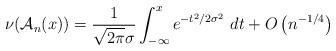
LaTeX: \begin{align*}\nu(\mathcal{A}_n(x)) = \frac{1}{\sqrt{2\pi} \sigma} \int_{-\infty}^x e^{-t^2/2\sigma^2} \ dt + O\left( n^{-1/4}\right)\end{align*}